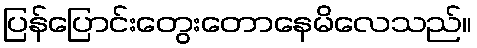
ပြန်ပြောင်းတွေးတောနေမိလေသည်။